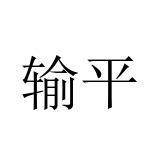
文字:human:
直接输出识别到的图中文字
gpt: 输平